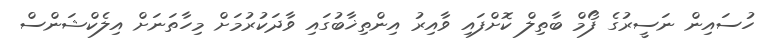
ހުސައިން ނަސީރުގެ ފޯމް ބާތިލް ކޮށްފައި ވާއިރު އިންތިޚާބުގައި ވާދަކުރުމަށް މިހާތަނަށް އިލެކްޝަންސް